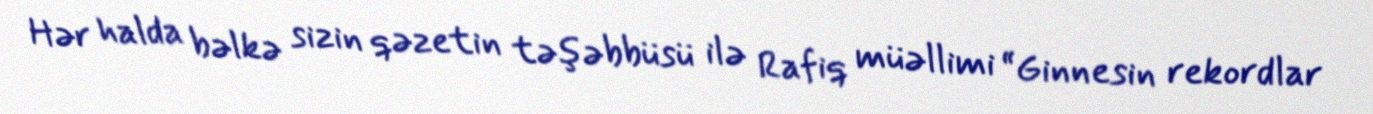
Hər halda bəlkə sizin qəzetin təşəbbüsü ilə Rafiq müəllimi “Ginnesin rekordlar